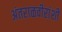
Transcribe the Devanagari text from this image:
अंतराळवीरांशी